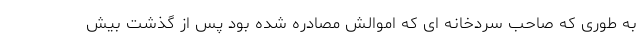
به طوری که صاحب سردخانه ای که اموالش مصادره شده بود پس از گذشت بیش